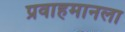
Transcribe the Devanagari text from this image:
प्रवाहमानला